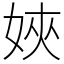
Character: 㛍